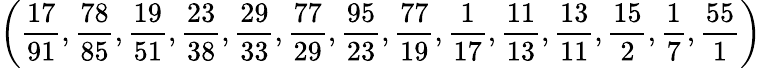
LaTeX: \left({\frac{17}{91}},{\frac{78}{85}},{\frac{19}{51}},{\frac{23}{38}},{\frac{29}{33}},{\frac{77}{29}},{\frac{95}{23}},{\frac{77}{19}},{\frac{1}{17}},{\frac{11}{13}},{\frac{13}{11}},{\frac{15}{2}},{\frac{1}{7}},{\frac{55}{1}}\right)